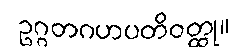
ဥဂ္ဂတဂဟပတိဝတ္ထု။